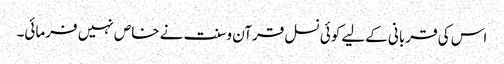
اس کی قربانی کےلیے کوئی نسل قرآن وسنت نے خاص نہیں فرمائی۔